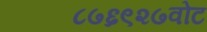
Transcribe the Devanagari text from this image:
८७६९२७वोट